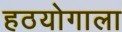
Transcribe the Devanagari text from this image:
हठयोगाला